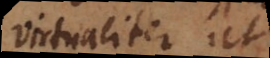
virtualiter ut